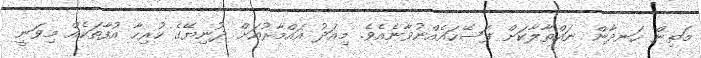
މަތިން ހަނދާން ނައްތާލާކަށް ފަސޭހައެއްނުވާނެއެވެ. މިއަދު އައްމާރުއަށް ދުނިޔޭގެ ހުރިހާ އުފާތަކެއް މިވަނީ